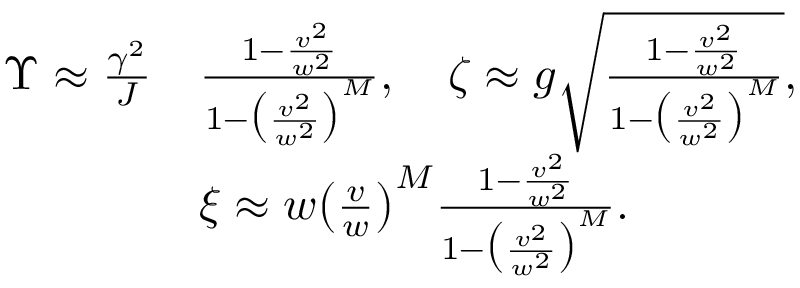
\begin{array} { r l } { \Upsilon \approx \frac { \gamma ^ { 2 } } { J } } & { \frac { 1 - \frac { v ^ { 2 } } { w ^ { 2 } } } { 1 - \big ( \frac { v ^ { 2 } } { w ^ { 2 } } \big ) ^ { M } } , \quad \zeta \approx g \sqrt { \frac { 1 - \frac { v ^ { 2 } } { w ^ { 2 } } } { 1 - \big ( \frac { v ^ { 2 } } { w ^ { 2 } } \big ) ^ { M } } } , } \\ & { \xi \approx w \big ( \frac { v } { w } \big ) ^ { M } \frac { 1 - \frac { v ^ { 2 } } { w ^ { 2 } } } { 1 - \big ( \frac { v ^ { 2 } } { w ^ { 2 } } \big ) ^ { M } } . } \end{array}